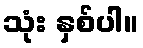
သုံး နှစ်ပါ။